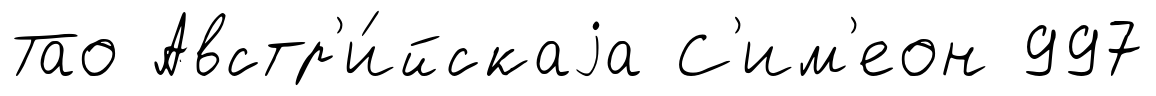
Тао Австр'и́йскаjа С'им'еон 997